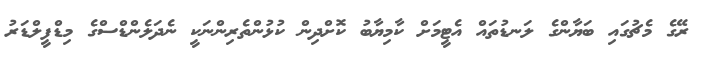
ރޭގެ މެޗުގައި ބަޔާންގެ ލަނޑުތައް އެޓީމަށް ކާމިޔާބު ކޮށްދިން ކުޅުންތެރިންނަކީ ނެދަލެންޑްސްގެ މިޑްފީލްޑަރު